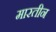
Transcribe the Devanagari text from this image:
मारतीन